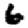
Digit: 6